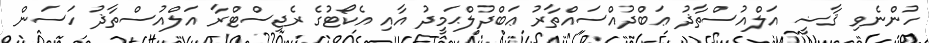
ހުންނެވި ޤާޟީ އަލްއުސްތާޛު ޢަބްދުއްސައްތާރު ޢަބްދުލްޙަމީދު އާއި އެކޯޓުގެ ރެޖިސްޓްރާ އަލްއުސްތާޛު ހަސަން